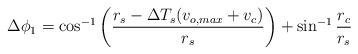
LaTeX: \begin{align*} \Delta \phi_1 = \cos^{-1} \left(\frac{r_s - \Delta T_s(v_{o,max} + v_c)}{r_s}\right) + \sin^{-1} \frac{r_c}{r_s}\end{align*}